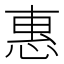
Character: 惠